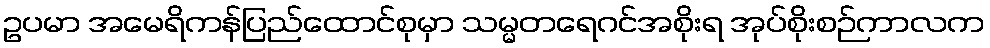
ဥပမာ အမေရိကန်ပြည်ထောင်စုမှာ သမ္မတရေဂင်အစိုးရ အုပ်စိုးစဉ်ကာလက